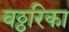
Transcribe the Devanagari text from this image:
वठ्ठरिका